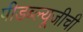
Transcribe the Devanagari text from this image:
पीडब्ल्यूजीची